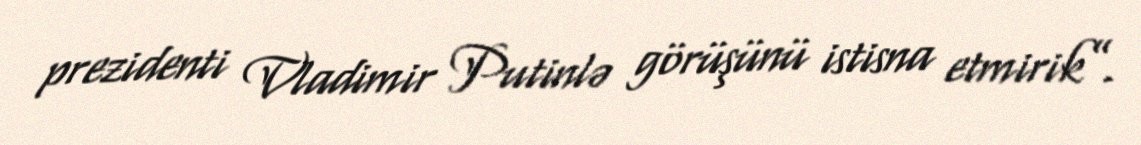
prezidenti Vladimir Putinlə görüşünü istisna etmirik”.